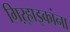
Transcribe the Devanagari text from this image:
गिऱ्हाइकांना